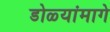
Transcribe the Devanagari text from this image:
डोळ्यांमागे